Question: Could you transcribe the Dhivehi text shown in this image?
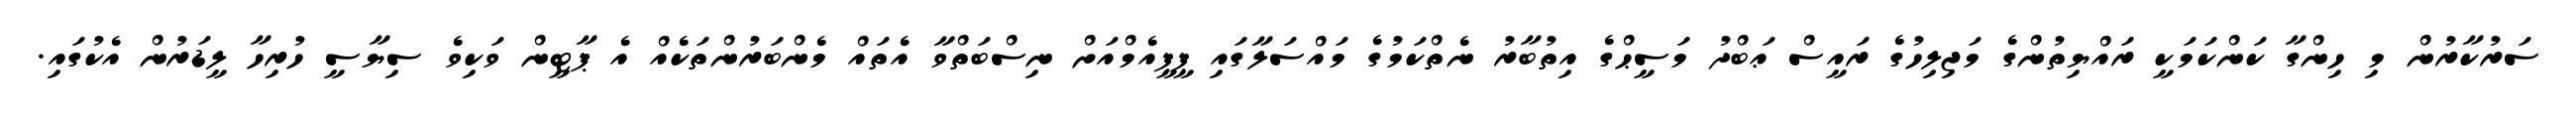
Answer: ސަރުކާރުން މި ހިންގާ ކަންކަމަކީ ރައްޔިތުންގެ މަޖިލިހުގެ ރައީސް ޢަބްދު މަސީޙްގެ އިތުބާރު ނެތްކަމުގެ މައްސަލާގައި ޕީޕީއެމްއަށް ނިސްބަތްވާ އެތައް މެންބަރުންތަކެއް އެ ޕާޓީން ވަކިވެ ސިޔާސީ ހުރިހާ ލީޑަރުން އެކުގައި.